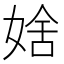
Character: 𡞆